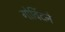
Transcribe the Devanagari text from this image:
गोविंदने